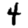
Digit: 4